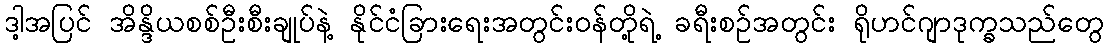
ဒါ့အပြင် အိန္ဒိယစစ်ဦးစီးချုပ်နဲ့ နိုင်ငံခြားရေးအတွင်းဝန်တို့ရဲ့ ခရီးစဉ်အတွင်း ရိုဟင်ဂျာဒုက္ခသည်တွေ